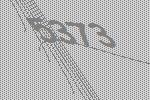
5373